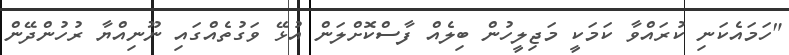
"ހަމައެކަނި ކުރައްވާ ކަމަކީ މަޖިލީހުން ބިލެއް ފާސްކޮށްލަން އުޅޭ ވަގުތެއްގައި ނޫނިއްޔާ ރުހުންދޭން